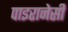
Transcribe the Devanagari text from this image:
पाइरानेसी